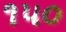
૧૫૦